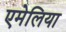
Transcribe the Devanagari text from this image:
एमेलिया